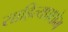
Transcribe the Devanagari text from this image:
साहित्यप्रक्षोभ